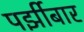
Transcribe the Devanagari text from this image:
पर्झीबार